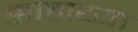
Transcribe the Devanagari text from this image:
साहाय्या